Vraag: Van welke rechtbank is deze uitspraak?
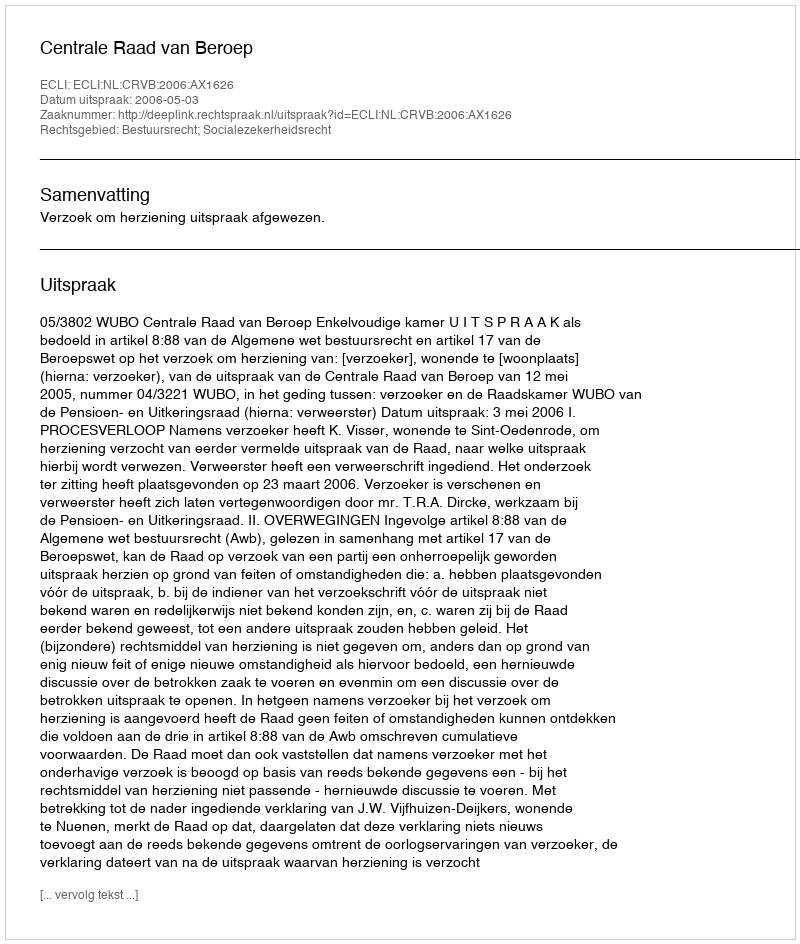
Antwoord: Centrale Raad van Beroep